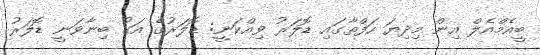
ބީއެމްއެލް އިން މިދިޔަ ހަފްތާގައި ޑޮލަރު ވިއްކަނީ: ޑޮލަރުގެ އަގު ބިނާވަނީ ޑޮލަރު